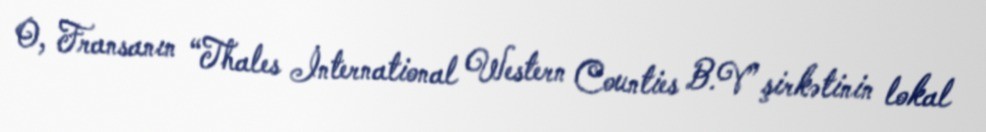
O, Fransanın “Thales İnternational Western Counties B.V” şirkətinin lokal